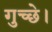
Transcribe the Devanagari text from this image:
गुच्छे।